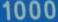
1000